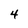
Character: 4